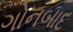
ગોનબાદ